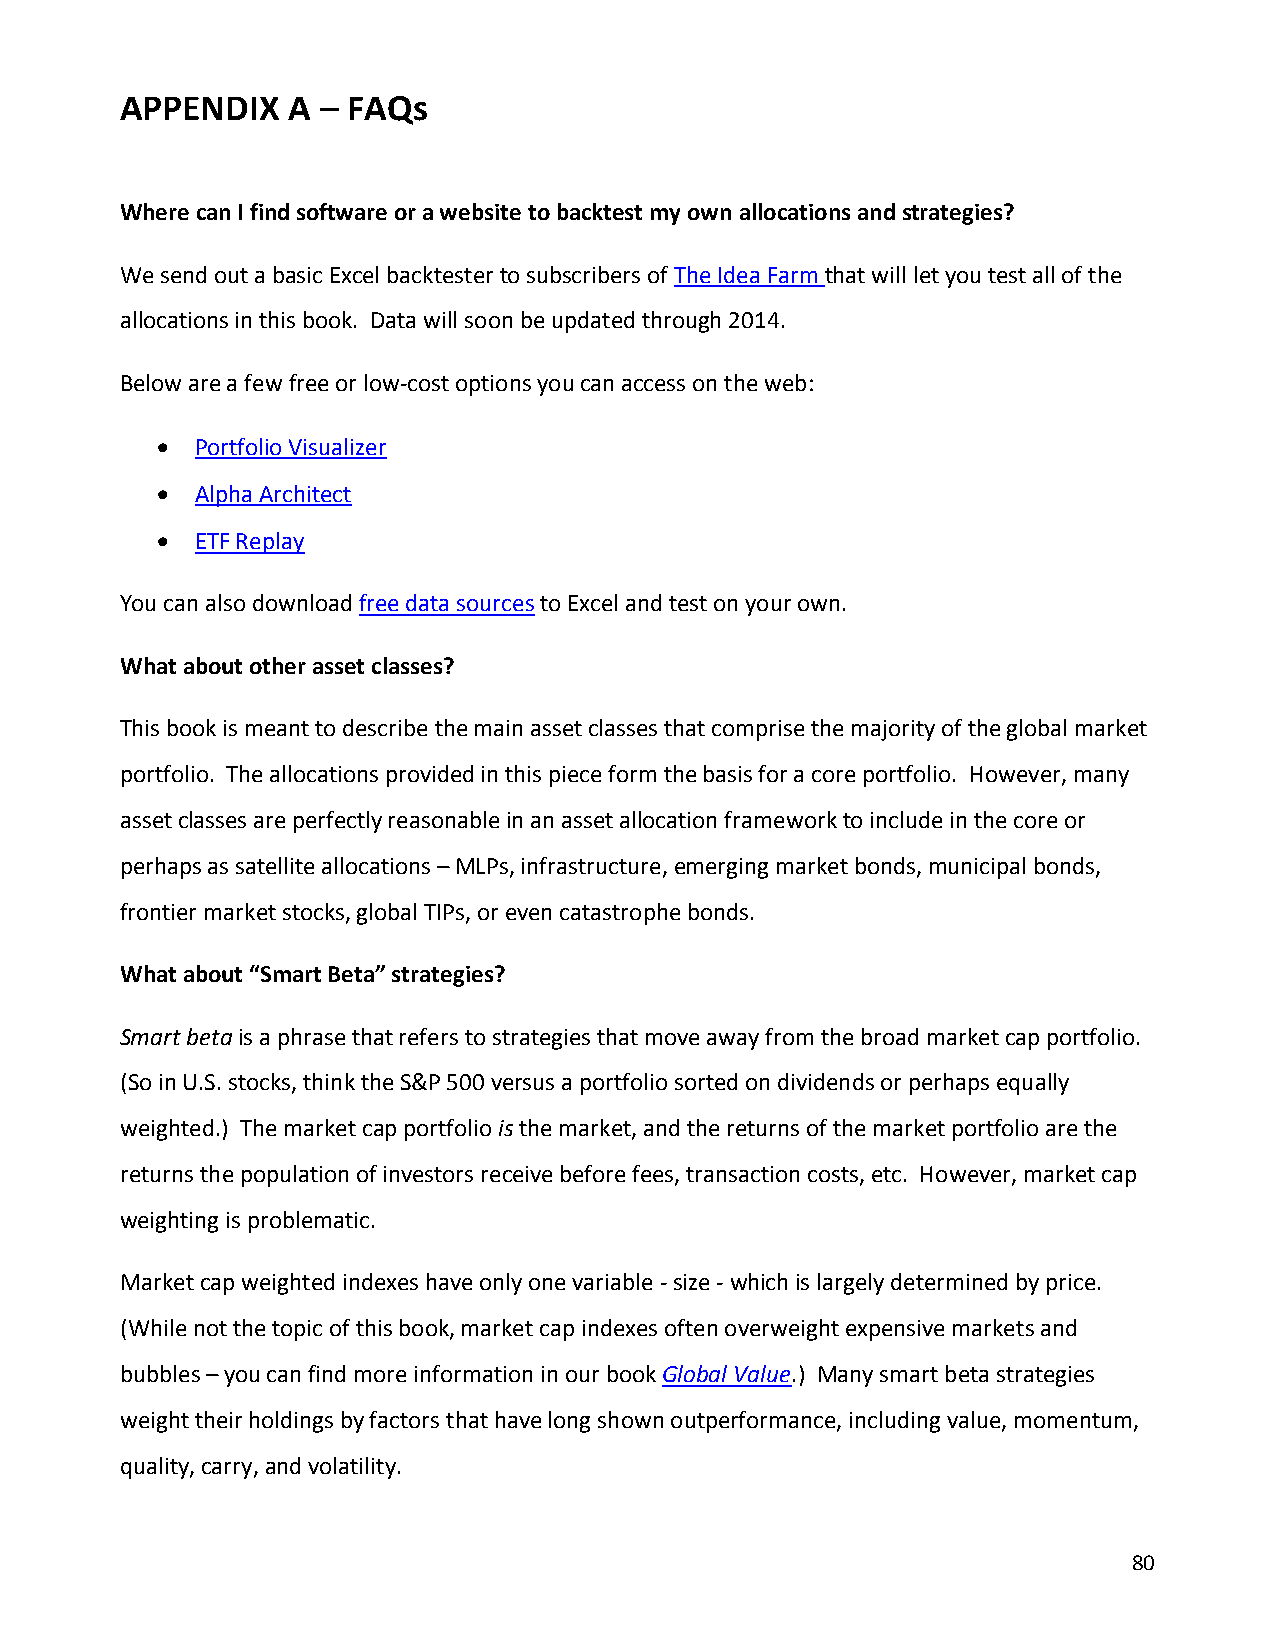
APPENDIX   A – FAQs
 Where can I find software or a website to backtest my own allocations and strategies?
 We send out a basic Excel backtester to subscribers of The Idea Farm that will let you test all of the
 allocations in this book. Data will soon be updated through 2014.
 Below are a few free or low-cost options you can access on the web:
   Portfolio Visualizer
   Alpha Architect
   ETF Replay
 You can also download free data sources to Excel and test on your own.
 What about other asset classes?
 This book is meant to describe the main asset classes that comprise the majority of the global market
 portfolio. The allocations provided in this piece form the basis for a core portfolio. However, many
 asset classes are perfectly reasonable in an asset allocation framework to include in the core or
 perhaps as satellite allocations – MLPs, infrastructure, emerging market bonds, municipal bonds,
 frontier market stocks, global TIPs, or even catastrophe bonds.
 What about “Smart Beta” strategies?
 Smart beta is a phrase that refers to strategies that move away from the broad market cap portfolio.
 (So in U.S. stocks, think the S&P 500 versus a portfolio sorted on dividends or perhaps equally
 weighted.) The market cap portfolio is the market, and the returns of the market portfolio are the
 returns the population of investors receive before fees, transaction costs, etc. However, market cap
 weighting is problematic.
 Market cap weighted indexes have only one variable - size - which is largely determined by price.
 (While not the topic of this book, market cap indexes often overweight expensive markets and
 bubbles – you can find more information in our book Global Value.) Many smart beta strategies
 weight their holdings by factors that have long shown outperformance, including value, momentum,
 quality, carry, and volatility.
 80